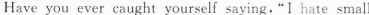
Have you ever caught yourself saying,"I hate small